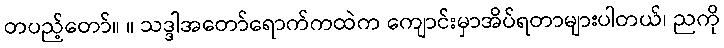
တပည့်တော်။ ။ သဒ္ဒါအတော်ရောက်ကထဲက ကျောင်းမှာအိပ်ရတာများပါတယ်၊ ညကို